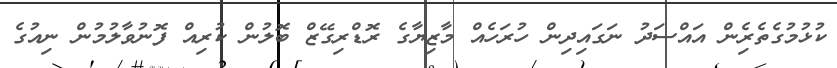
ކުޅުމުގެތެރެިން އައްސަދު ނަގައިދިން ހުރަހެއް މާޒިޔާގެ ރޮޑްރިގޭޒް ބޮލުން ކުރިއް ފޮނުވާލުމުން ނިއުގެ